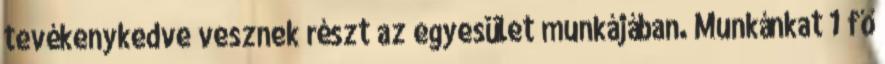
tevékenykedve vesznek részt az egyesület munkájában. Munkánkat 1 fő